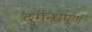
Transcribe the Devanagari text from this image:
दुर्गन्धपूर्ण